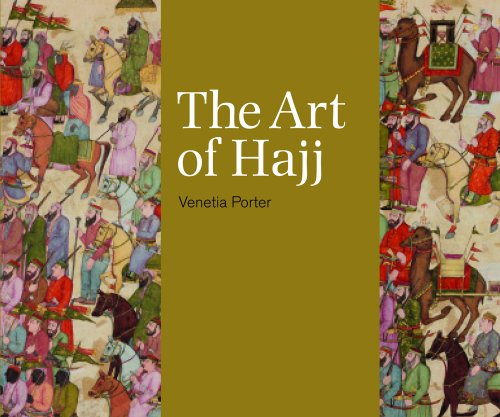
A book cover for The Art of Hajj; Venetia Porter; Religion & Spirituality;